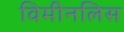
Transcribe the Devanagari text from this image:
विमीनलिस